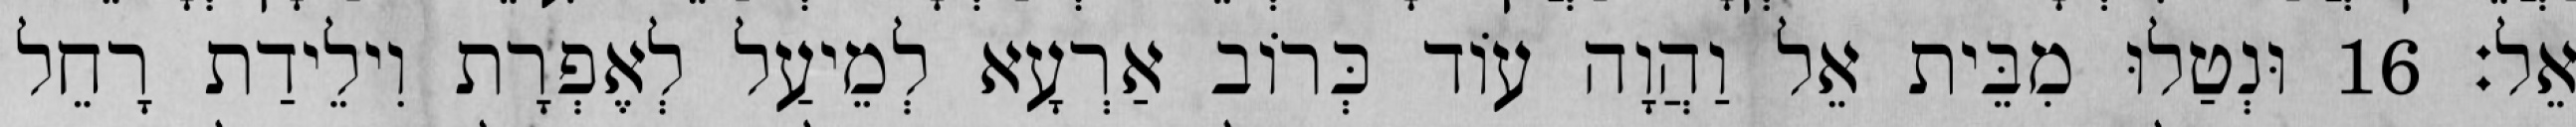
אֵל׃ 16 וּנְטַלוּ מִבֵּית אֵל וַהֲוָה עוֹד כְּרוֹב אַרְעָא לְמֵיעַל לְאֶפְרָת וִילֵידַת רָחֵל